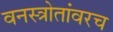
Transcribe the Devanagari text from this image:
वनस्त्रोतांवरच